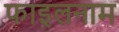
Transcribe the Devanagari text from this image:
फाइलनाम